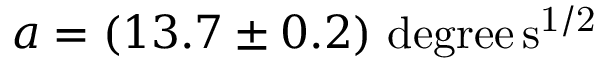
a = ( 1 3 . 7 \pm 0 . 2 ) \mathrm { \ d e g r e e \, s ^ { 1 / 2 } }